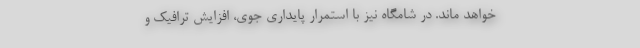
خواهد ماند. در شامگاه نیز با استمرار پایداری جوی، افزایش ترافیک و